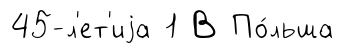
45-л'ет'иjа 1 В По́льша